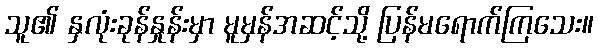
သူ၏ နှလုံးခုန်နှုန်းမှာ မူမှန်အဆင့်သို့ ပြန်မရောက်ကြသေး။